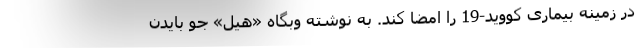
در زمینه بیماری کووید-19 را امضا کند. به نوشته وبگاه «هیل» جو بایدن